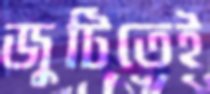
জুটিতেই